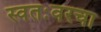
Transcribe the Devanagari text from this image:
स्वतःवरचा